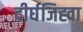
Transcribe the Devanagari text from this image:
दीर्घजिह्वा